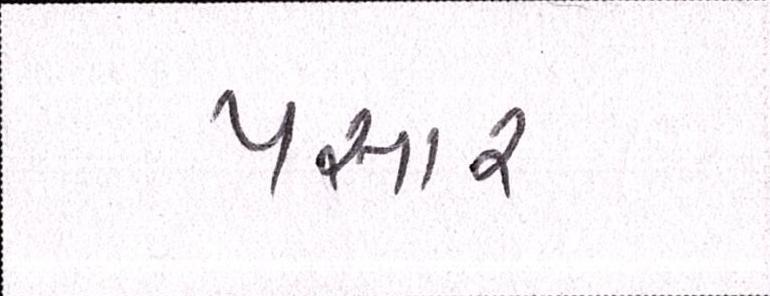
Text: પસાર